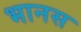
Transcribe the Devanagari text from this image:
भानस